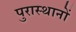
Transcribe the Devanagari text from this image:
पुरास्थानों